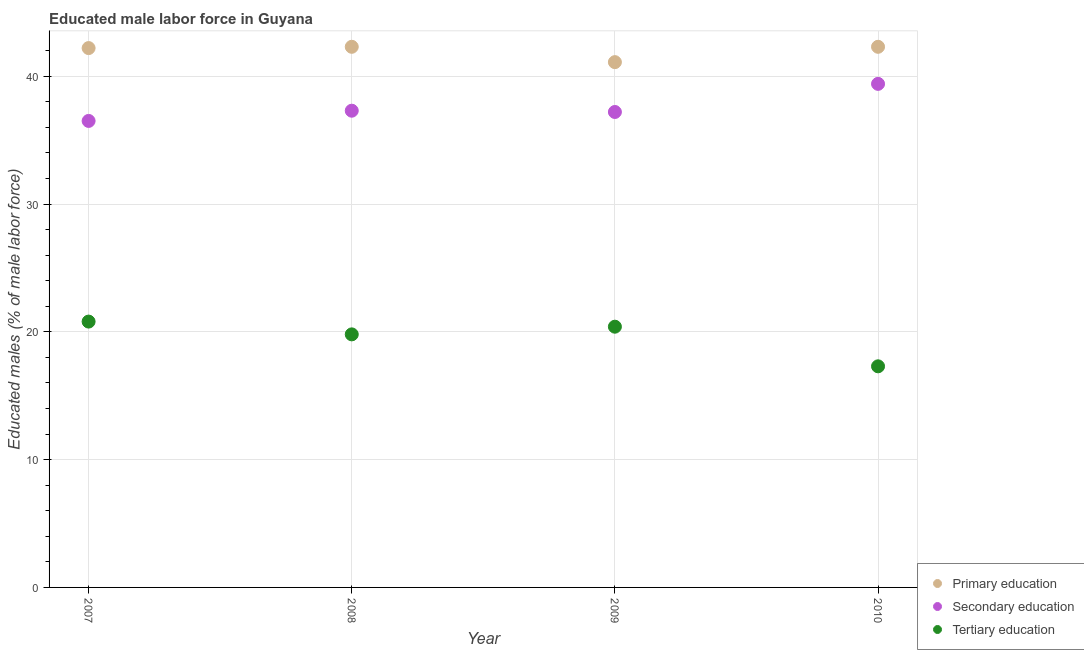
| Year | Primary education | Secondary education | Tertiary education |
 | --- | --- | --- | --- |
 | 2007 | 42.2 | 36.5 | 20.8 |
 | 2008 | 42.3 | 37.3 | 19.8 |
 | 2009 | 41.1 | 37.2 | 20.4 |
 | 2010 | 42.3 | 39.4 | 17.3 |